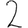
Digit: 2